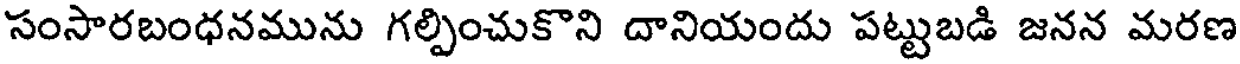
సంసారబంధనమును గల్పించుకొని దానియందు పట్టుబడి జనన మరణ